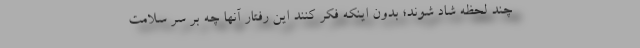
چند لحظه شاد شوند؛ بدون اینکه فکر کنند این رفتار آنها چه بر سر سلامت